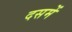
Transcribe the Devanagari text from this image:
दसमें